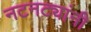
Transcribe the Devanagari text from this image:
नटनट्यांनी